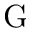
\mathrm { G }